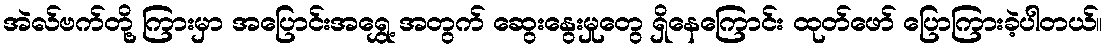
အဲလ်ဗက်တို့ ကြားမှာ အပြောင်းအရွှေ့ အတွက် ဆွေးနွေးမှုတွေ ရှိနေကြောင်း ထုတ်ဖော် ပြောကြားခဲ့ပါတယ်။